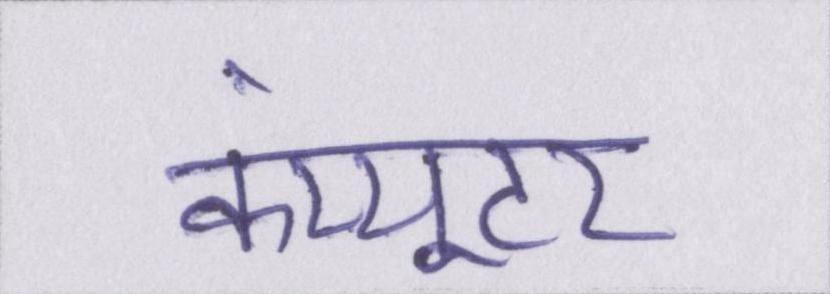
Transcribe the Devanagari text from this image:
कंप्यूटर